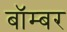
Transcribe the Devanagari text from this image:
बाॅम्बर